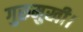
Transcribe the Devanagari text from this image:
गुरुमुखी।